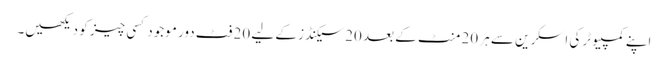
اپنے کمپیوٹر کی اسکرین سے ہر 20 منٹ کے بعد 20 سیکنڈز کے لیے 20 فٹ دور موجود کسی چیز کو دیکھیں۔